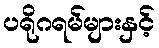
ပရိုဂရမ်များနှင့်